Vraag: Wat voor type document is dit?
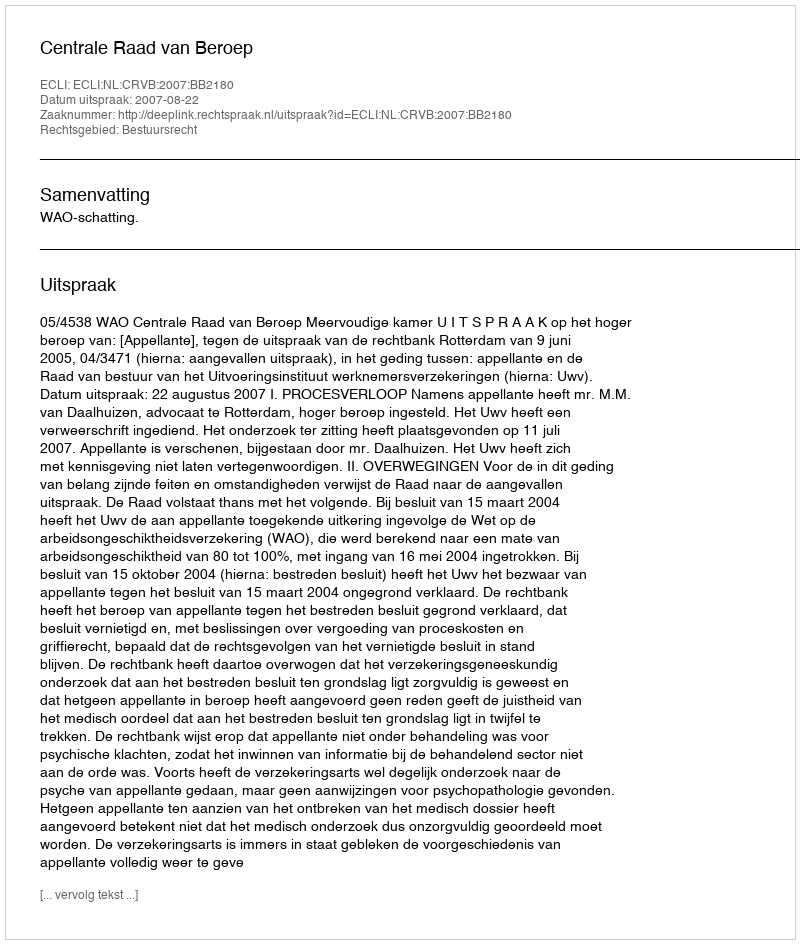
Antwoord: Uitspraak